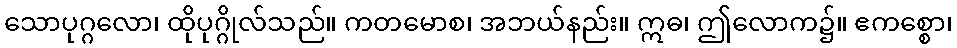
သောပုဂ္ဂလော၊ ထိုပုဂ္ဂိုလ်သည်။ ကတမောစ၊ အဘယ်နည်း။ ဣဓ၊ ဤလောက၌။ ဧကစ္စော၊